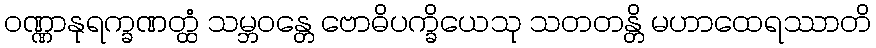
ဝဏ္ဏာနုရက္ခဏတ္ထံ သမ္ဘဝန္တေ ဗောဓိပက္ခိယေသု သတတန္တိ မဟာထေရဿာတိ